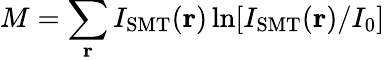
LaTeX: M=\sum_{\mathbf r}I_{\mathrm{SMT}}({\mathbf r})\ln[I_{\mathrm{SMT}}({\mathbf r})/I_{0}]